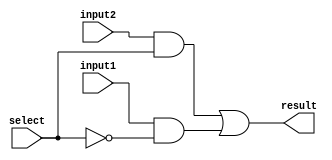
module mux2x1(input1, input2, select, result);
// Inputs
input input1;
input input2;
input select;
// Output
output result;
// Wires
wire inverse_select;
wire and1_result;
wire and2_result;

// Inner calculations
not not1(inverse_select, select);
and and1(and1_result, input2, select);
and and2(and2_result, input1, inverse_select);

// Result
or or1(result, and1_result, and2_result);

endmodule